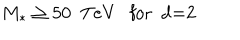
M _ { * } \geq 5 0 \ \ \mathrm { T e V } \ \ \ \mathrm { f o r ~ d = 2 ~ }